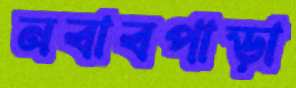
নবাবপাড়া